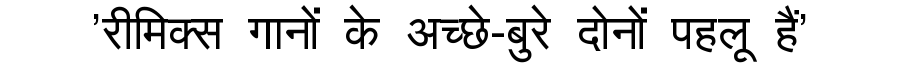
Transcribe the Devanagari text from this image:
'रीमिक्स गानों के अच्छे-बुरे दोनों पहलू हैं'